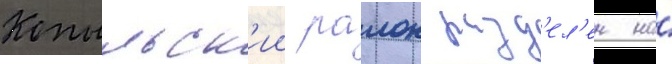
Копыльск'ии раион разд'ел'ен на́